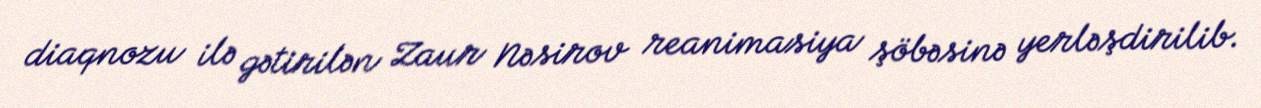
diaqnozu ilə gətirilən Zaur Nəsirov reanimasiya şöbəsinə yerləşdirilib.